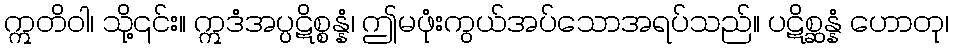
ဣတိဝါ၊ သို့၎င်း။ ဣဒံအပ္ပဋိစ္စန္နံ၊ ဤမဖုံးကွယ်အပ်သောအရပ်သည်။ ပဋိစ္ဆန္နံ ဟောတု၊